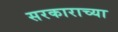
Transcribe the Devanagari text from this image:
सरकाराच्या